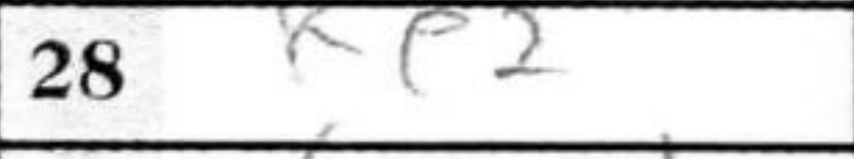
Transcription: Ke2